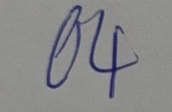
04